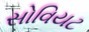
સોવિયટ